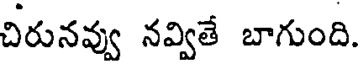
చిరునవ్వు నవ్వితే బాగుంది.